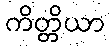
ကိတ္တိယာ